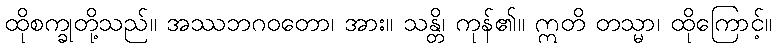
ထိုစက္ခုတို့သည်။ အဿဘဂဝတော၊ အား။ သန္တိ၊ ကုန်၏။ ဣတိ တသ္မာ၊ ထိုကြောင့်။